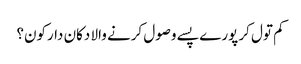
کم تول کر پورے پسے وصول کرنے والا دکان دارکون؟